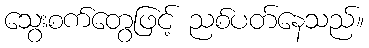
သွေးစက်တွေဖြင့် ညစ်ပတ်နေသည်။